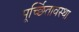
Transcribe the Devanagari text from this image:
मूर्च्छितावस्था